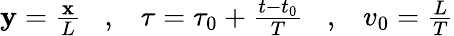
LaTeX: \begin{array}{r}{{\mathbf y}=\frac{{\mathbf x}}{L}\; \; \; ,\; \; \; \tau=\tau_{0}+\frac{t-t_{0}}{T}\; \; \; ,\; \; \; v_{0}=\frac{L}{T}}\end{array}